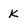
Character: k